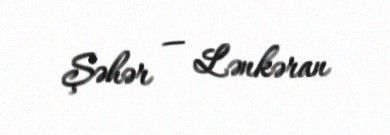
Şəhər — Lənkəran